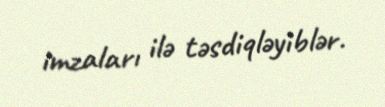
imzaları ilə təsdiqləyiblər.